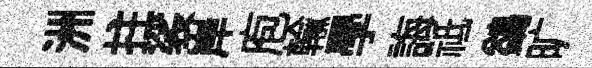
洲拄裟岸庖輸學誨祗鷁旷